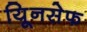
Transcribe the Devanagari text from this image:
यूिनसेफ